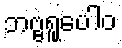
ဘဗ္ဗရူပေါဝ